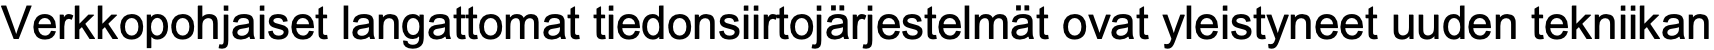
Verkkopohjaiset langattomat tiedonsiirtojärjestelmät ovat yleistyneet uuden tekniikan